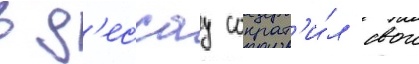
в д'ессау сократ'и́л свои